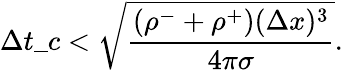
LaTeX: \Delta t\_ c<\sqrt{\frac{(\rho^{-}+\rho^{+})(\Delta x)^{3}}{4\pi\sigma}}.